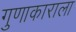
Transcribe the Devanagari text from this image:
गुणाकाराला